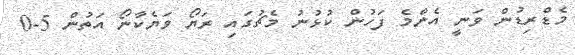
މެޑްރިޑުން ވަނީ އެންމެ ފަހުން ކުޅުނު މެޗުގައި ރަޔޯ ވަޔެކާނޯ އަތުން 5-0